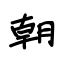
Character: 朝